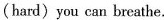
(hard)you can breathe.